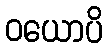
ဝယောပိ